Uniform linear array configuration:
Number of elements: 8
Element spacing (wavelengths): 0.5
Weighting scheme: hann
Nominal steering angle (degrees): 0
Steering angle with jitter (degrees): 1.308
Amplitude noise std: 0.05
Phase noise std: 0.05

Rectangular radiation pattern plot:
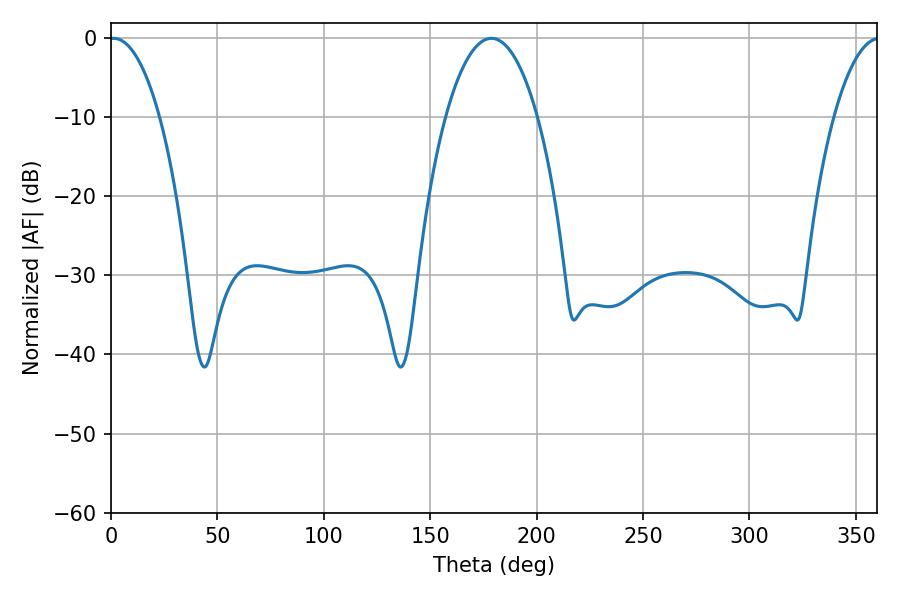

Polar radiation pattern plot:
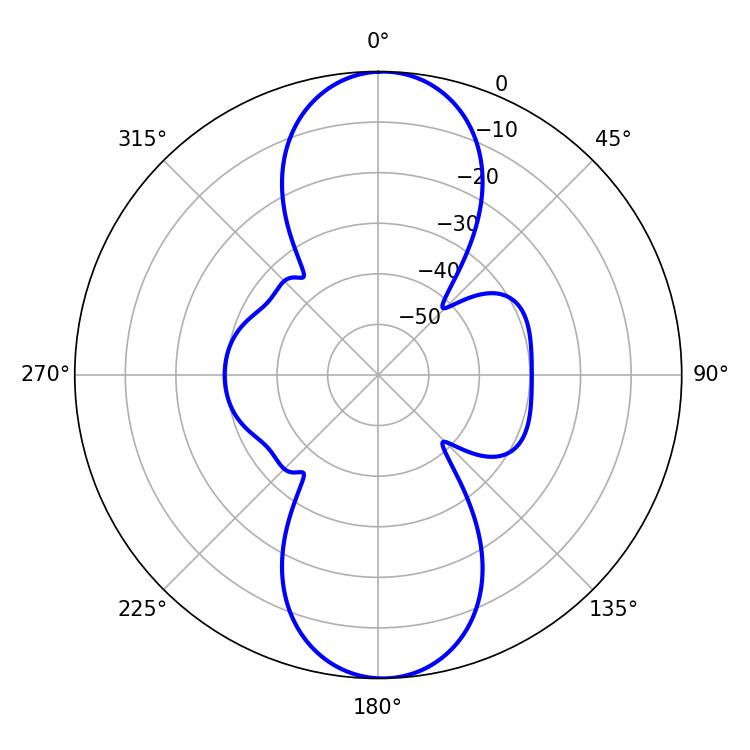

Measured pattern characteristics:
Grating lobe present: FALSE
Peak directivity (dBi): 20.174
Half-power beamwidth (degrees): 13.32
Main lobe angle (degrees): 1.26